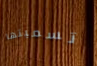
تسميتها